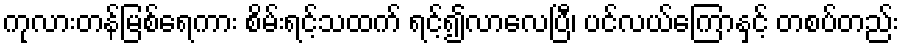
ကုလားတန်မြစ်ရေကား စိမ်းရင့်သထက် ရင့်၍လာလေပြီ၊ ပင်လယ်ကြောနှင့် တစပ်တည်း